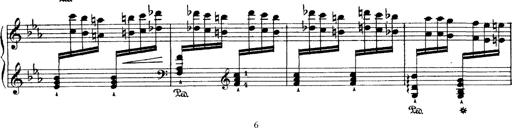
Title: Hungarian Rhapsody No.4
Composer: Franz Liszt
Key: E-flat major